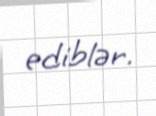
ediblər.